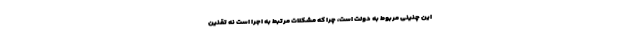
این چنینی مربوط به دولت است، چرا که مشکلات مرتبط به اجرا است نه تقنین